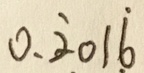
0 . \dot { 2 } 0 1 \dot { 6 }